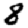
Digit: 8